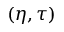
( \eta , \tau )